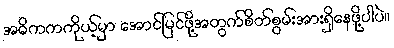
အဓိကကကိုယ့်မှာ အောင်မြင်ဖို့အတွက်စိတ်စွမ်းအားရှိနေဖို့ပါပဲ။